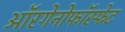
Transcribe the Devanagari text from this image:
ऑरगेनोफॉस्फेट